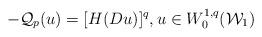
LaTeX: \begin{align*} -\mathcal{Q}_{p}(u)=[H(Du)]^{q}, u\in W_{0}^{1,q}(\mathcal W_{1})\end{align*}